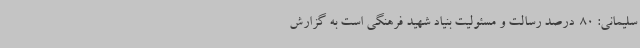
سلیمانی: 80  درصد رسالت و مسئولیت بنیاد شهید فرهنگی است به گزارش